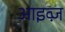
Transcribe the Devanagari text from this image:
आइव्ज़